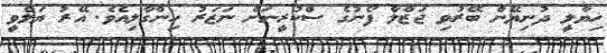
ޚިޔާލީ ދުނިޔޭން ބޭރުވި ޖަޒްލާ ފޯނުގެ ސްކުރީނަށް ނަޒަރު ހިންގާލިއެވެ. އޭރު ޔަލްވީ